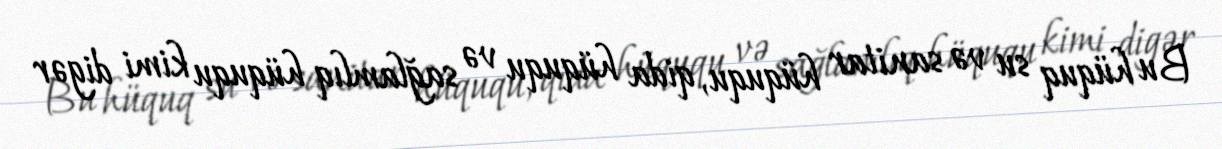
Bu hüquq su və sanitar hüququ, qida hüququ və sağlamlıq hüququ kimi digər